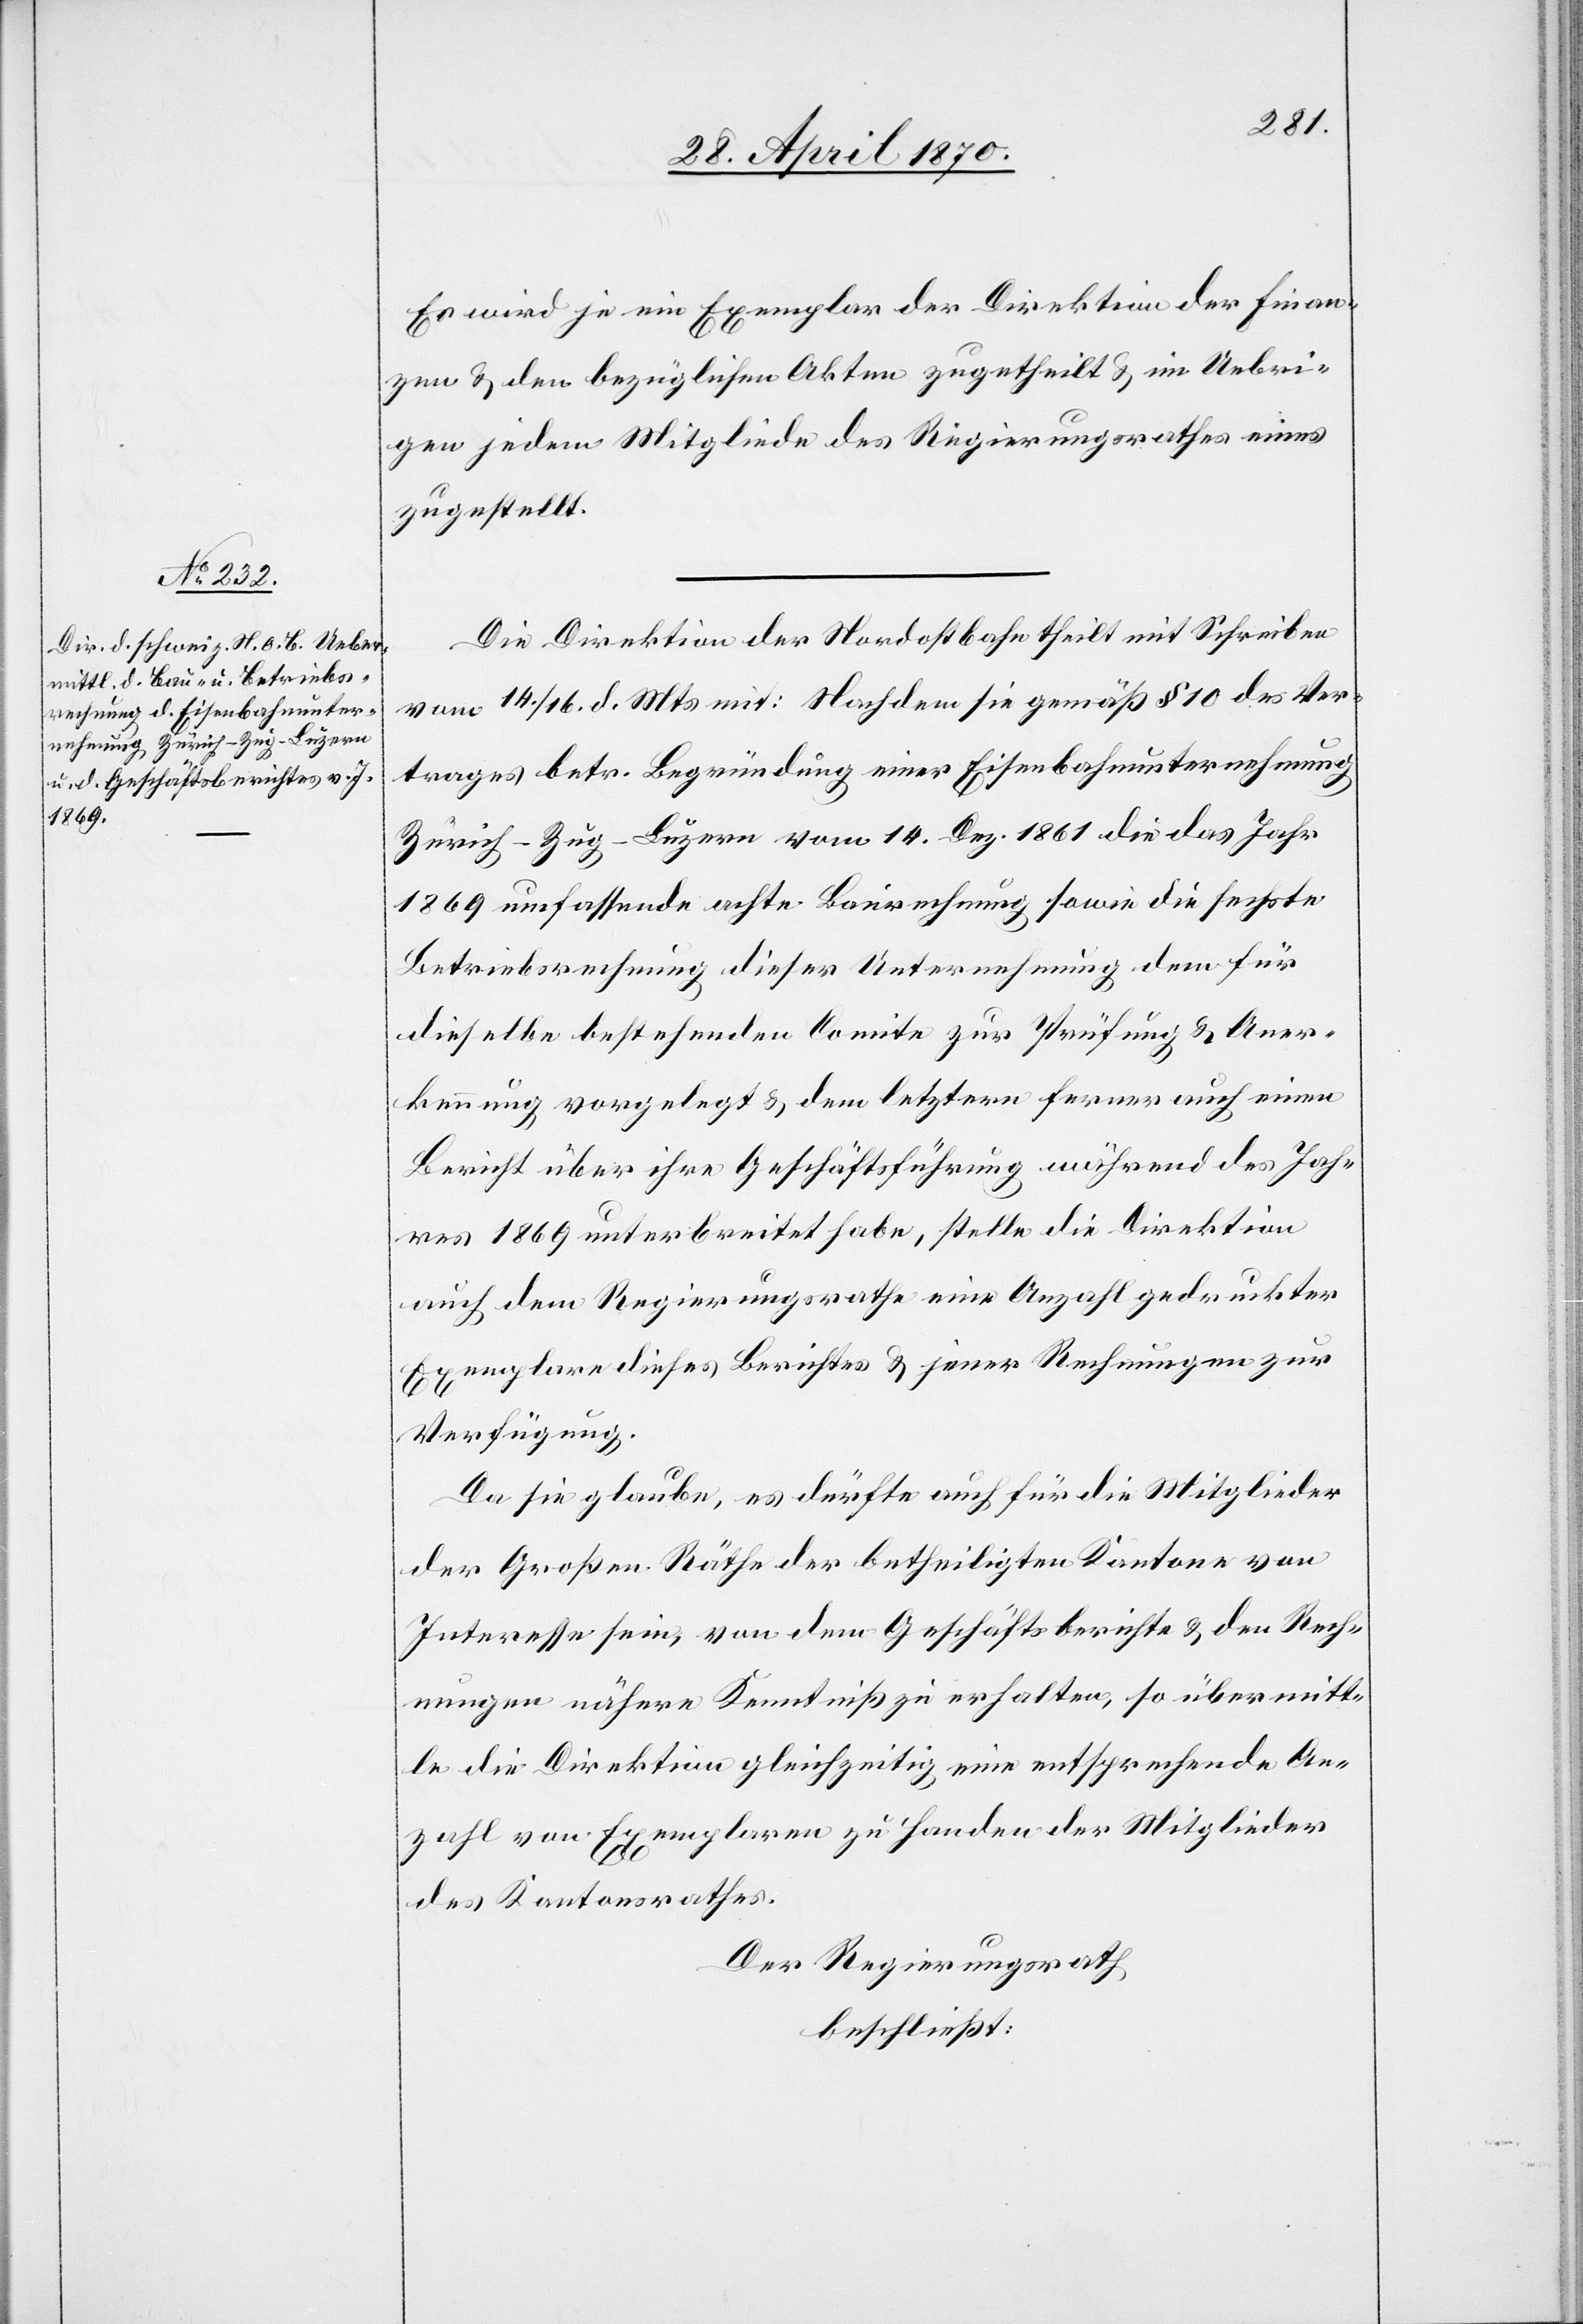
Es wird je ein Exemplar der Direktion der Finan¬
zen & den bezüglichen Akten zugetheilt & im Uebri¬
gen jedem Mitgliede des Regierungsrathes eines
zugestellt.
Die Direktion der Nordostbahn theilt mit Schreiben
vom 14./16. d. Mts. mit: Nachdem sie gemäß § 10 des Ver¬
trages betr. Begründung einer Eisenbahnunternehmung
Zürich–Zug–Luzern vom 14. Dez. 1861 die das Jahr
1869 umfassende achte Baurechnung sowie die sechste
Betriebsrechnung dieser Unterrechnung dem für
dieselbe bestehenden Comite zur Prüfung & Aner¬
kennung vorgelegt & dem letztern ferner auch einen
Bericht über ihre Geschäftsführung während des Jah¬
res 1869 unterbreitet habe, stelle die Direktion
auch dem Regierungsrathe eine Anzahl gedruckter
Exemplare dieses Berichtes & jener Rechnungen zur
Verfügung.
Da sie glaube, es dürfte auch für die Mitglieder
der Großen Räthe der betheiligten Kantone von
Interesse sein, von dem Geschäftsberichte & den Rech¬
nungen nähere Kenntniß zu erhalten, so übermitt¬
le die Direktion gleichzeitig eine entsprechende An¬
zahl von Exemplaren zu Handen der Mitglieder
des Kantonsrathes.
Der Regierungsrath
beschließt: